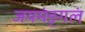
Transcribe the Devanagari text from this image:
जयमंङ्गलं